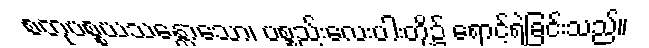
စတုပစ္စယသန္တောသော၊ ပစ္စည်းလေးပါးတို့၌ ရောင့်ရဲခြင်းသည်။